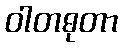
ဝါတဓုတာ